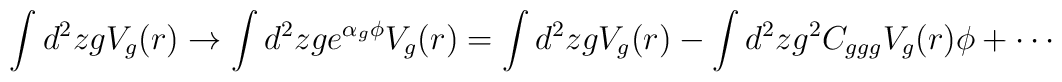
\int d^2z gV_g(r)\to\int d^2z ge^{\alpha_g\phi}V_g(r)=\int d^2z gV_g(r)-\int d^2z g^2 C_{ggg}V_g(r)\phi+\cdots